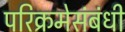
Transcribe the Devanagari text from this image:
परिक्रमेसंबंधी